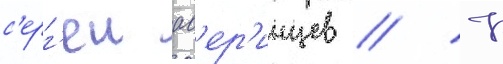
с'ерг'еи ав'ер'инцев // К